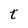
Character: t